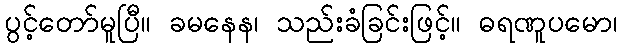
ပွင့်တော်မူပြီ။ ခမနေန၊ သည်းခံခြင်းဖြင့်။ ဓရဏူပမော၊